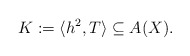
\begin{align*}K := \langle h^2, T\rangle\subseteq A(X).\end{align*}